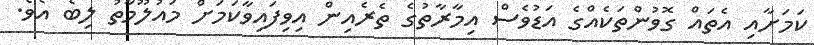
ކަމަށާއި އެތައް ގޮވުންތަކެއްގެ އަޑުވެސް އިމާރާތުގެ ތެރެއިން އިވިފައިވާކަމަށް މައުލޫމާތު ލިބެ އެވެ.